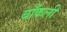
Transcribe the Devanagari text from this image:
बाँकली